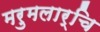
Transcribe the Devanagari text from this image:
मरुमलार्चि